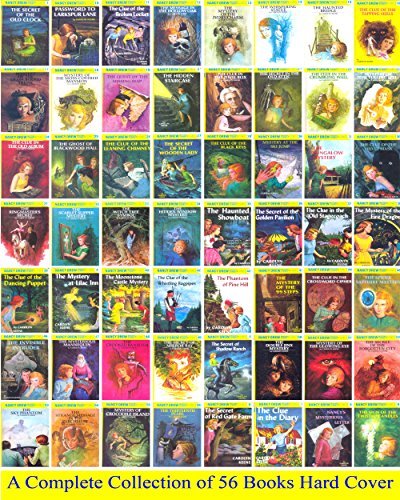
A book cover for Nancy Drew Complete Set 1-56 (Nancy Drew Mystery Stories); Carolyn Keene; Crafts, Hobbies & Home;